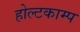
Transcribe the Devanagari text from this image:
होल्टकाम्प